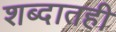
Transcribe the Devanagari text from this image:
शब्दातही